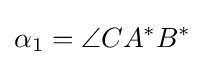
\alpha _{1}=\angle CA^{*}B^{*}\!